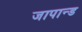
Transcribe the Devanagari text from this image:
जापान्ड